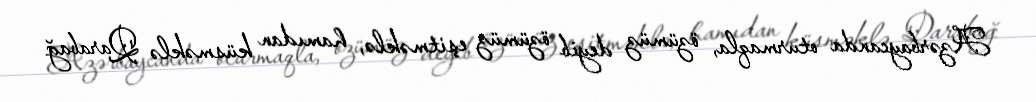
Azərbaycanda oturmaqla, özümüz deyib özümüz eşitməklə, hamıdan küsməklə Qarabağ